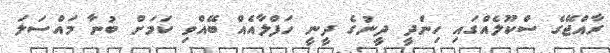
ރާއްޖޭގެ ސްކޫލެއްގައި ހިންދީ ދީނުގެ ދީނީ ހަފްލާއެއް ބޭއްވި ކަމަށް ބުނާ މައްސަލަ